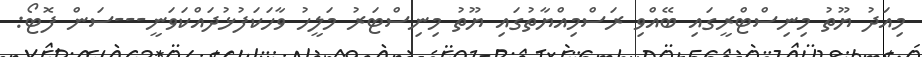
މިއަދު ޔޫތު މިނިސްޓްރީގައި ބޭއްވި ރަސްމިއްޔާތުގައި ޔޫތު މިނިސްޓަރު މަލީހު ވާހަކަފުޅުދައްކަވަނީ---ސަން ފޮޓޯ: